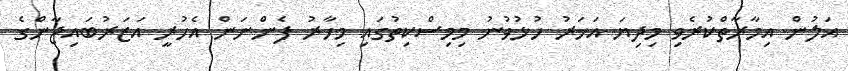
އަލުން އިމާރާތްކުރެވި މިދިޔަ އަހަރު ހުޅުވުނު މިމިސްކިތުގައި މިހާރު ފެންނަން އެހުރީ އަޒަރުބައިޖާންގެ